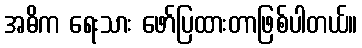
အဓိက ရေးသား ဖော်ပြထားတာဖြစ်ပါတယ်။